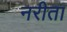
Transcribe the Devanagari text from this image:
नरीता